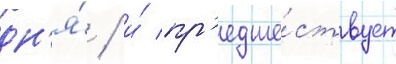
дн'я́ / и́ пр'едше́ствует